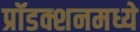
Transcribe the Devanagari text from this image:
प्रॉडक्शनमध्ये